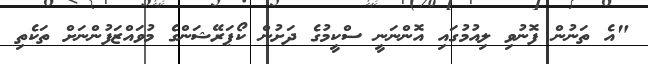
"އެ ތަނުން ފޮނުވި ލިއުމުގައި އޮންނަނީ ސްކީމުގެ ދަށުން ކޯޕަރޭޝަންގެ މުވައްޒަފުންނަށް ތަކެތި